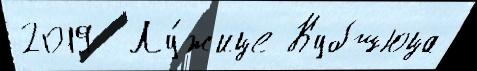
2019  Лу́жице Кубшюца